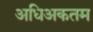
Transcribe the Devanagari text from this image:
अधिअकतम